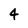
Character: 4